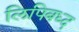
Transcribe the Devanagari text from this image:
लिपिबध्द